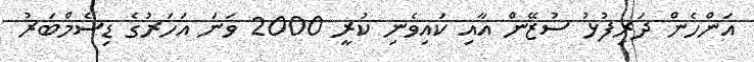
އަންހެން ދަރިފުޅު ސުޒޭން އާއި ކައިވެނި ކުރީ 2000 ވަނަ އަހަރުގެ ޑިސެމްބަރު